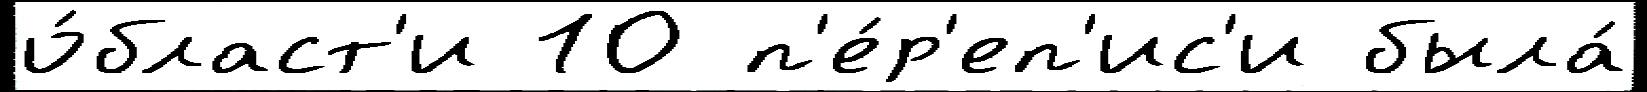
о́бласт'и 10 п'е́р'еп'ис'и была́